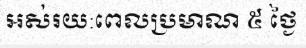
អស់រយ:ពេលប្រមាណ ៥ ថ្ងៃ